Annual report of lunatic asylums [Bombay] - 1912-1922
Year: 1912
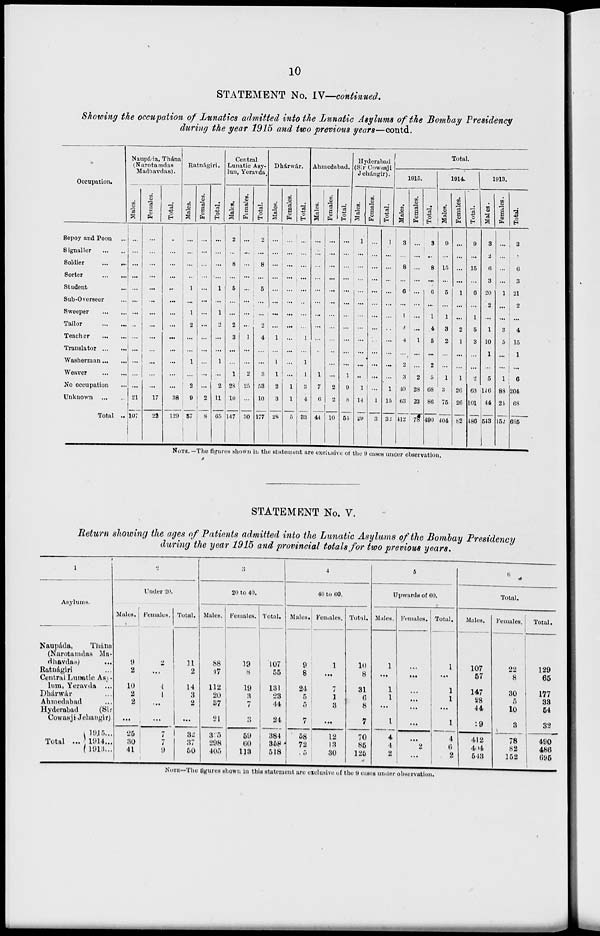
10
STATEMENT No. IV—continued.
Showing the occupation of Lunatics admitted into the Lunatic Asylums of the Bombay Presidency
during the year 1915 and two previous years—contd.
Occupation.
Sepoy and Peon ...
Signaller
...
...
Soldier
...
...
Sorter
...
...
Student ... ...
Sub-Overseer ...
Sweeper
...
...
Tailor
...
...
Teacher ... ...
Translator ...
...
Washerman ... ...
Weaver
...
...
No occupation ...
Unknown
...
...
Total ...
Naupáda, Thána
(Narotamdas
Madhavdas).
Males.
...
...
...
...
...
...
...
...
...
...
...
...
...
21
107
Females.
...
...
...
...
...
...
...
...
...
...
...
...
...
17
22
Total.
...
...
...
...
...
...
...
...
...
...
...
...
. ..
38
129
Ratnágiri.
Males.
...
...
...
...
1
...
1
2
...
...
1
...
2
9
57
Females.
...
...
...
...
...
. ..
...
...
...
...
...
...
...
2
8
Total.
...
...
...
...
1
...
1
2
...
...
1
...
2
11
65
Central
Lunatic Asy-
lun, Yeravda.
Males.
2
...
8
...
5
...
...
2
3
...
...
1
28
10
147
Females.
...
...
...
...
...
...
...
...
1
...
...
2
25
...
30
Total.
2
. ..
8
...
5
...
...
2
4
...
...
3
53
10
177
Dhárwár.
Males.
...
...
...
...
...
...
...
...
1
...
1
1
2
3
28
Females.
...
...
...
...
...
...
...
...
...
...
...
...
1
1
5
Total.
...
...
...
...
...
...
...
...
1
...
1
1
3
4
33
Ahmedabad.
Males.
...
...
...
...
...
...
...
...
...
..
1
7
6
44
Females.
...
...
...
...
. ..
...
...
...
...
...
...
...
2
2
10
Total.
...
...
...
...
...
...
...
...
...
...
...
1
9
8
54
Hyderabad
(Sir Cowasji -
Jehángir).
Males.
1
...
...
...
...
...
...
...
...
...
...
...
1
14
29
Females.
...
...
...
...
...
...
...
...
...
...
...
...
...
1
3
Total.
1
...
...
...
...
...
...
...
...
...
. ..
...
1
15
32
Total.
1915.
Males.
3
...
8
...
6
...
1
4
4
...
2
3
40
63
412
Females.
...
...
...
...
...
...
...
...
1
...
...
2
28
23
78
Total.
3
...
8
...
6
...
1
4
5
...
2
5
68
86
490
1914.
Males.
9
...
15
...
5
...
1
3
2
...
...
1
3
75
404
Females.
...
...
...
...
1
...
...
2
1
...
...
1
26
26
82
Total.
9
...
15
...
6
...
1
5
3
...
...
2
63
101
486
1913.
Males.
3
2
6
3
20
2
...
1
10
1
...
5
116
44
543
Females.
...
...
...
...
1
...
...
3
5
...
...
1
88
24
152
Total.
3
2
6
3
21
2
...
4
16
1
...
6
204
68
696
NOTE. —The figures shown in the statement are exclusive of the 9 cases under observation.
STATEMENT No. V.
Return showing the ages of Patients admitted into the Lunatic Asylums of the Bombay Presidency
during the year 1915 and provincial totals for two previous years.
1
Asylums.
Naupáda,
Thána
(Narotamdas Ma-
dhavdas)
...
Ratnágiri ...
Central Lunatic Asy-
lum, Yeravda ...
Dhárwár
Ahmedabad
Hyderabad
(Sir
Cowasji Jehangir)
Total ...
1915 ...
1914...
1913 ...
2
Under 20.
Males.
9
2
10
2
2
...
25
80
41
Females.
2
...
4
1
...
...
7
7
9
Total.
11
2
14
3
2
...
32
87
60
3
20 to 40.
Males.
88
17
112
20
37
21
325
298
405
Females.
19
8
19
3
7
3
59
60
113
Total.
107
55
131
23
44
24
384
358
518
4
40 to 60.
Males.
9
8
24
5
5
7
58
72
5
Females.
1
...
7
1
3
...
12
13
30
Total.
10
8
31
6
8
7
70
85
125
5
Upwards of 60.
Males.
1
...
1
1
...
1
4
4
2
Females.
...
...
...
...
...
...
...
2
...
Total.
1
...
1
1
...
1
4
6
2
6
Total.
Males.
107
57
147
28
44
29
412
404
543
Females.
22
8
30
5
10
3
78
82
152
Total.
129
65
177
33
54
32
490
486
695
NOTE—The figures shown in this statement are exclusive of the 9 cases under observation.